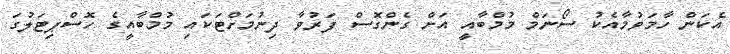
އެކަން ހާމަވުމާއެކު ސޯނަމް މުމްބާއީ އަށް ގެންގޮސް ފަރުވާ ދިނުމަށްޓަކައި މުމްބާއީގެ ހޮސްޕިޓަލުގަ